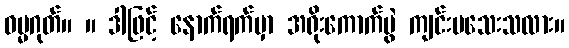
ဓမ္မဂုတ်။ ။ ဒါဖြင့် နောက်ရက်မှာ အရိုးကောက်ပွဲ ကျင်းပသေးသလား။